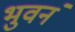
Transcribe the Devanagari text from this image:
भुवनं